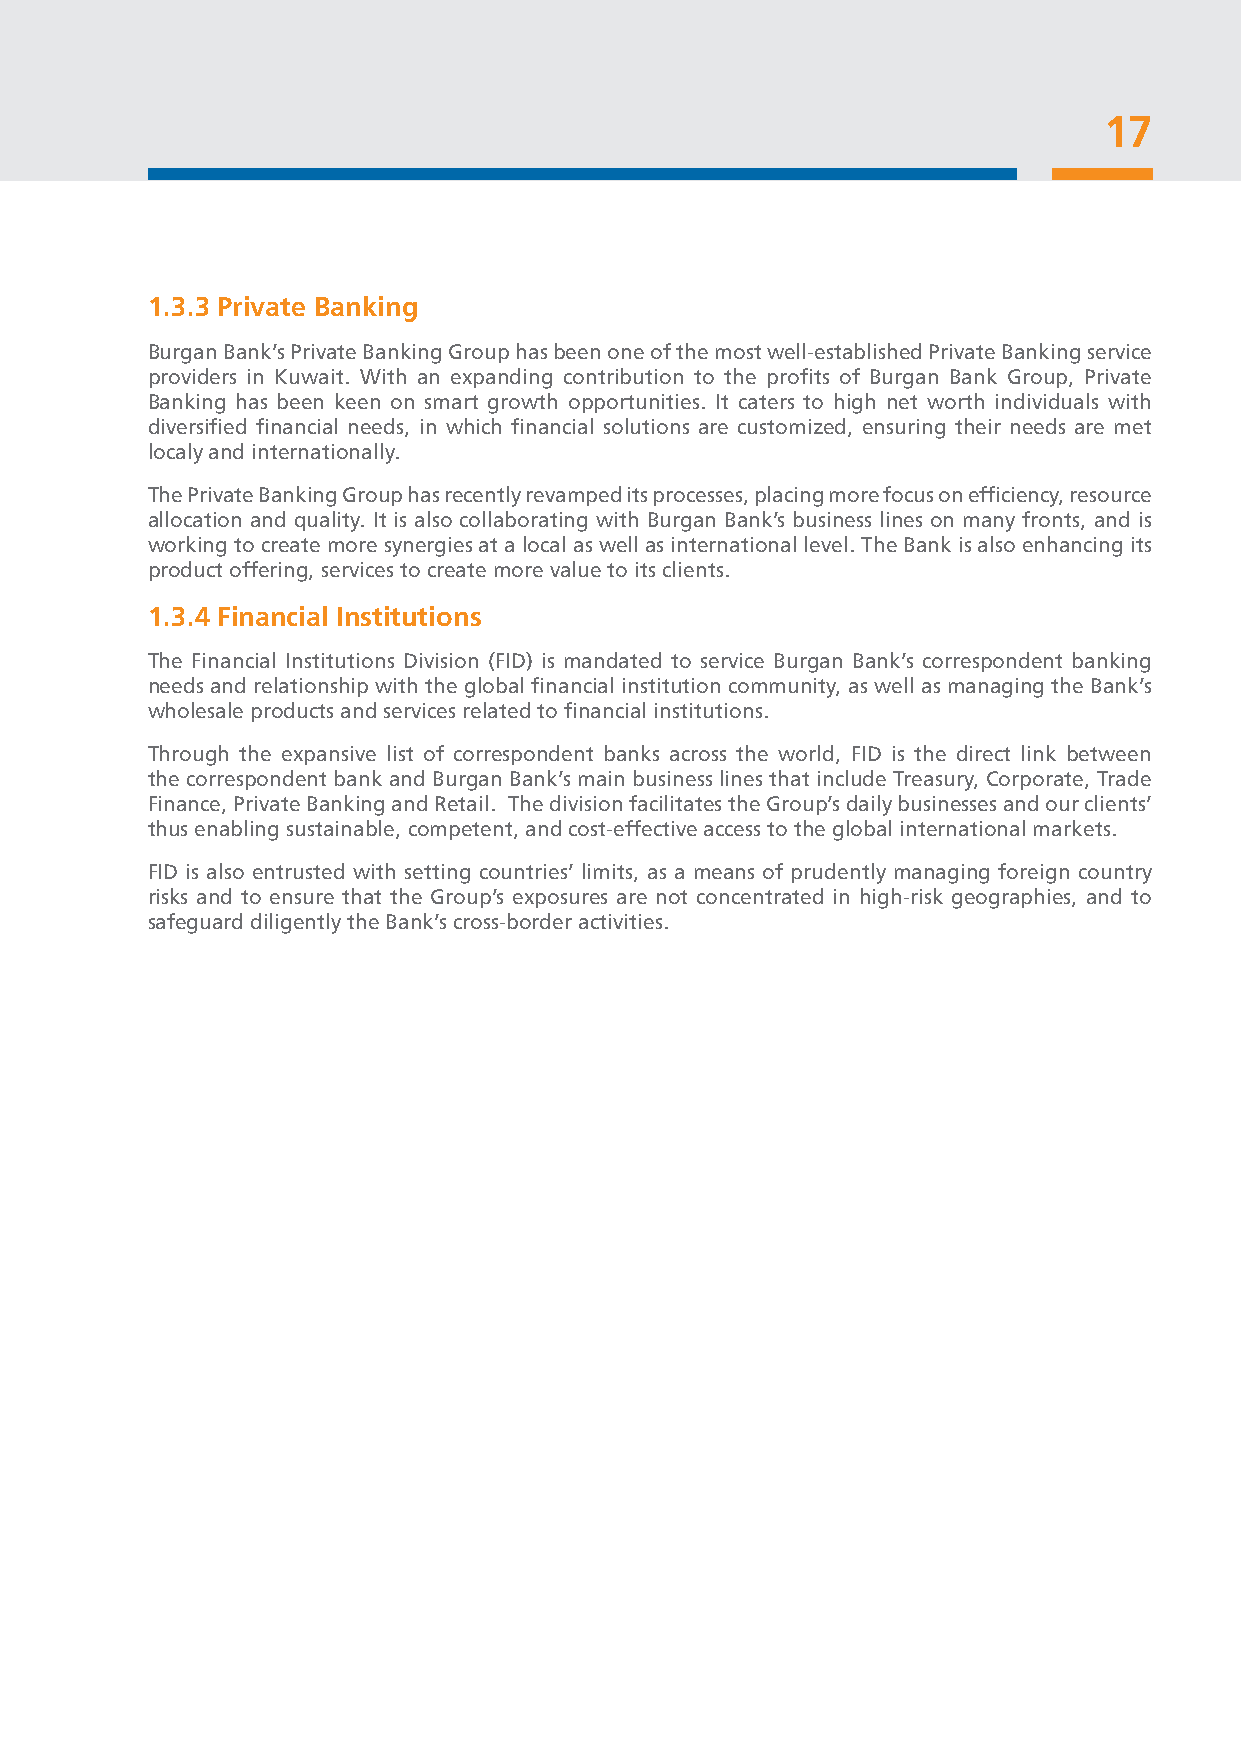
17
 1.3.3 Private Banking
 Burgan Bank’s Private Banking Group has been one of the most well-established Private Banking service
 providers in Kuwait. With an expanding contribution to the profits of Burgan Bank Group, Private
 Banking has been keen on smart growth opportunities. It caters to high net worth individuals with
 diversified financial needs, in which financial solutions are customized, ensuring their needs are met
 local y and internationally.
 The Private Banking Group has recently revamped its processes, placing more focus on efficiency, resource
 allocation and quality. It is also collaborating with Burgan Bank’s business lines on many fronts, and is
 working to create more synergies at a local as well as international level. The Bank is also enhancing its
 product offering, services to create more value to its clients.
 1.3.4 Financial Institutions
 The Financial Institutions Division (FID) is mandated to service Burgan Bank’s correspondent banking
 needs and relationship with the global financial institution community, as well as managing the Bank’s
 wholesale products and services related to financial institutions.
 Through the expansive list of correspondent banks across the world, FID is the direct link between
 the correspondent bank and Burgan Bank’s main business lines that include Treasury, Corporate, Trade
 Finance, Private Banking and Retail. The division facilitates the Group’s daily businesses and our clients’
 thus enabling sustainable, competent, and cost-effective access to the global international markets.
 FID is also entrusted with setting countries’ limits, as a means of prudently managing foreign country
 risks and to ensure that the Group’s exposures are not concentrated in high-risk geographies, and to
 safeguard diligently the Bank’s cross-border activities.